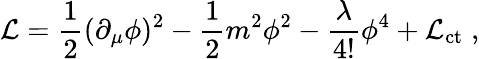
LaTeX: {\cal L}=\frac{1}{2}(\partial_{\mu}\phi)^{2}-\frac{1}{2}m^{2}\phi^{2}-\frac{\lambda}{4!}\phi^{4}+{\cal L}_{\mathrm{ct}}\; ,